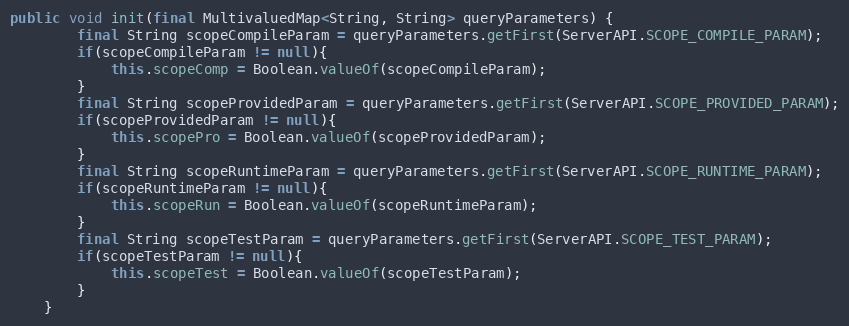
Language: Java
public void init(final MultivaluedMap<String, String> queryParameters) {
        final String scopeCompileParam = queryParameters.getFirst(ServerAPI.SCOPE_COMPILE_PARAM);
        if(scopeCompileParam != null){
            this.scopeComp = Boolean.valueOf(scopeCompileParam);
        }
        final String scopeProvidedParam = queryParameters.getFirst(ServerAPI.SCOPE_PROVIDED_PARAM);
        if(scopeProvidedParam != null){
            this.scopePro = Boolean.valueOf(scopeProvidedParam);
        }
        final String scopeRuntimeParam = queryParameters.getFirst(ServerAPI.SCOPE_RUNTIME_PARAM);
        if(scopeRuntimeParam != null){
            this.scopeRun = Boolean.valueOf(scopeRuntimeParam);
        }
        final String scopeTestParam = queryParameters.getFirst(ServerAPI.SCOPE_TEST_PARAM);
        if(scopeTestParam != null){
            this.scopeTest = Boolean.valueOf(scopeTestParam);
        }
    }